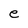
Character: e